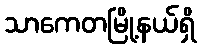
သာကေတမြို့နယ်ရှိ